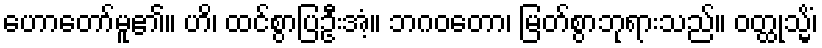
ဟောတော်မူ၏။ ဟိ၊ ထင်စွာပြဦးအံ့။ ဘဂဝတော၊ မြတ်စွာဘုရားသည်။ ဝတ္ထုသ္မိံ၊